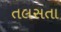
તલસતા